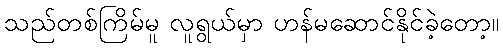
သည်တစ်ကြိမ်မူ လူရွယ်မှာ ဟန်မဆောင်နိုင်ခဲ့တော့။